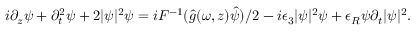
\begin{array} { r } { i \partial _ { z } \psi + \partial _ { t } ^ { 2 } \psi + 2 | \psi | ^ { 2 } \psi = i { \cal F } ^ { - 1 } ( \hat { g } ( \omega , z ) \hat { \psi } ) / 2 - i \epsilon _ { 3 } | \psi | ^ { 2 } \psi + \epsilon _ { R } \psi \partial _ { t } | \psi | ^ { 2 } . } \end{array}